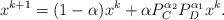
LaTeX: \begin{align*}x^{k+1}=(1-\alpha)x^k+\alpha P_{C}^{\alpha_2}P_{D}^{\alpha_1}x^k.\end{align*}